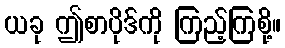
ယခု ဤစာပိုဒ်ကို ကြည့်ကြစို့။